Vaccination report Assam 1874-1896 - 1874-1896
Year: 1874
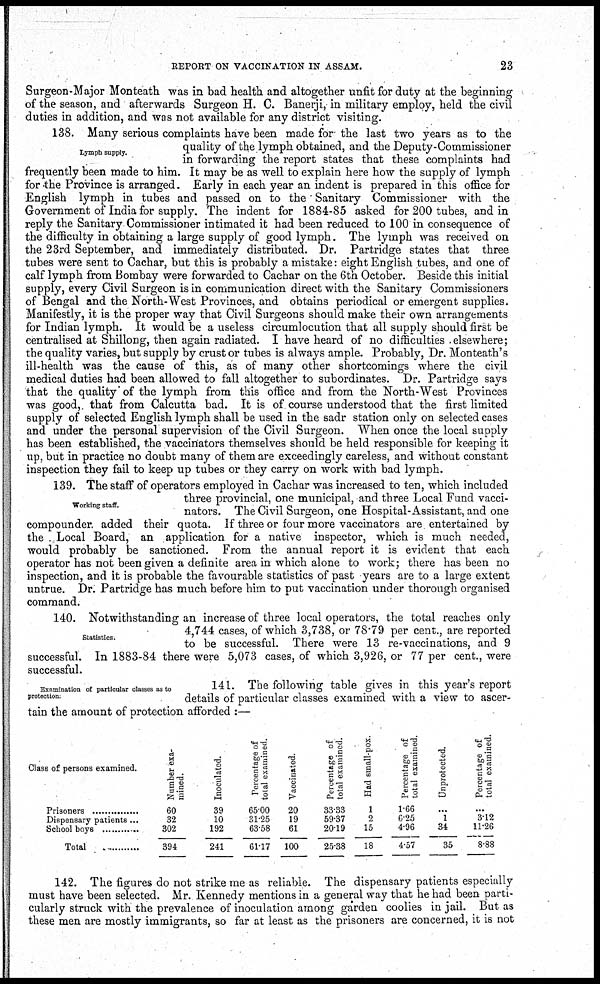
REPORT ON VACCINATION IN ASSAM.
23
Surgeon-Major Monteath was in bad health and altogether unfit for duty at the beginning
of the season, and afterwards Surgeon H. C. Banerji, in military employ, held the civil
duties in addition, and was not available for any district visiting.
Lymph supply.
138. Many serious complaints have been made for the last two years as to the
quality of the lymph obtained, and the Deputy-Commissioner
in forwarding the report states that these complaints had
frequently been made to him. It may be as well to explain here how the supply of lymph
for the Province is arranged. Early in each year an indent is prepared in this office for
English lymph in tubes and passed on to the Sanitary Commissioner with the
Government of India for supply. The indent for 1884-85 asked for 200 tubes, and in
reply the Sanitary Commissioner intimated it had been reduced to 100 in consequence of
the difficulty in obtaining a large supply of good lymph. The lymph was received on
the 23rd September, and immediately distributed. Dr. Partridge states that three
tubes were sent to Cachar, but this is probably a mistake: eight English tubes, and one of
calf lymph from Bombay were forwarded to Cachar on the 6th October. Beside this initial
supply, every Civil Surgeon is in communication direct with the Sanitary Commissioners
of Bengal and the North-West Provinces, and obtains periodical or emergent supplies.
Manifestly, it is the proper way that Civil Surgeons should make their own arrangements
for Indian lymph. It would be a useless circumlocution that all supply should first be
centralised at Shillong, then again radiated. I have heard of no difficulties elsewhere;
the quality varies, but supply by crust or tubes is always ample. Probably, Dr. Monteath's
ill-health was the cause of this, as of many other shortcomings where the civil
medical duties had been allowed to fall altogether to subordinates. Dr. Partridge says
that the quality of the lymph from this office and from the North-West Provinces
was good, that from Calcutta bad. It is of course understood that the first limited
supply of selected English lymph shall be used in the sadr station only on selected cases
and under the personal supervision of the Civil Surgeon. When once the local supply
has been established, the vaccinators themselves should be held responsible for keeping it
up, but in practice no doubt many of them are exceedingly careless, and without constant
inspection they fail to keep up tubes or they carry on work with bad lymph.
Working staff.
139. The staff of operators employed in Cachar was increased to ten, which included
three provincial, one municipal, and three Local Fund vacci-
nators. The Civil Surgeon, one Hospital-Assistant, and one
compounder added their quota. If three or four more vaccinators are entertained by
the Local Board, an application for a native inspector, which is much needed,
would probably be sanctioned. From the annual report it is evident that each
operator has not been given a definite area in which alone to work; there has been no
inspection, and it is probable the favourable statistics of past years are to a large extent
untrue. Dr. Partridge has much before him to put vaccination under thorough organised
command.
Statistics.
140. Notwithstanding an increase of three local operators, the total reaches only
4,744 cases, of which 3,738, or 78.79 per cent., are reported
to be successful. There were 13 re-vaccinations, and 9
successful. In 1883-84 there were 5,073 cases, of which 3,926, or 77 per cent., were
successful.
Examination of particular classes as to
protection.
141. The following table gives in this year's report
details of particular classes examined with a view to ascer-
tain the amount of protection afforded :—
Class of persons examined.
Prisoners ...............
Dispensary patients...
School boys ............
Total .........
Number exa-
mined.
60
32
302
394
Inoculated.
39
10
192
241
Percentage of
total examined.
65.00
31.25
63.58
61.17
Vaccinated.
20
19
61
100
Percentage of
total examined.
33.33
59.37
20.19
25.38
Had small-pox.
1
2
15
18
Percentage of
total examined.
1.66
6.25
4.96
4.57
Unprotected.
...
1
34
35
Percentage of
total examined.
...
3.12
11.26
8.88
142. The figures do not strike me as reliable. The dispensary patients especially
must have been selected. Mr. Kennedy mentions in a general way that he had been parti-
cularly struck with the prevalence of inoculation among garden coolies in jail. But as
these men are mostly immigrants, so far at least as the prisoners are concerned, it is not